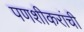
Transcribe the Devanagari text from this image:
पणशीकरांची